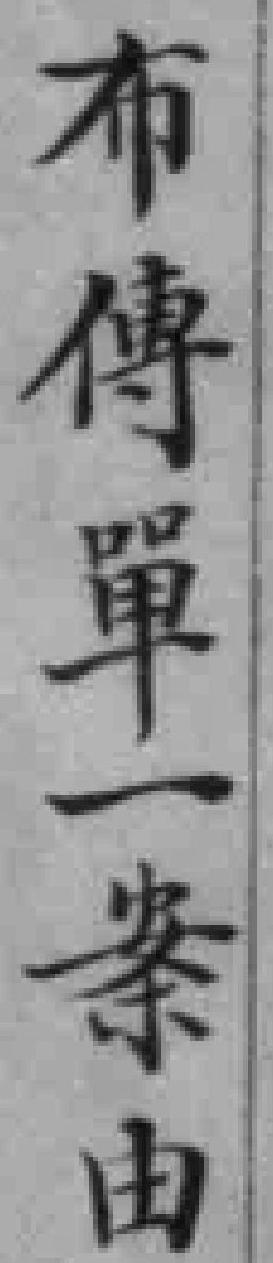
布傅單一条由